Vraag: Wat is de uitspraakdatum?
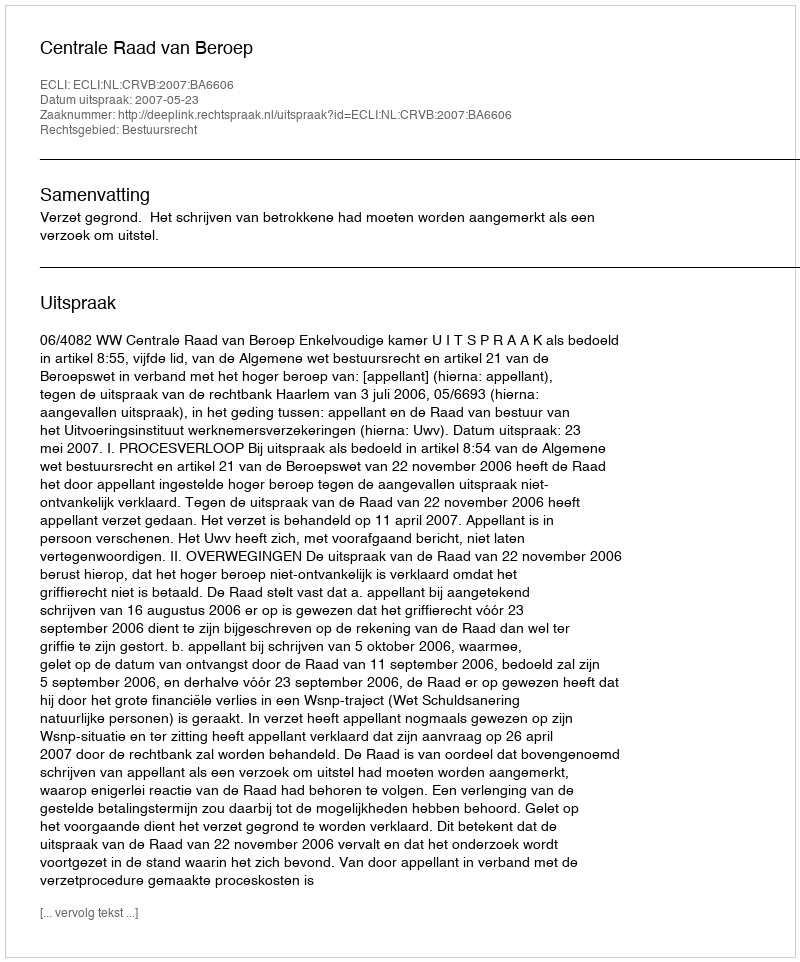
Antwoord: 2007-05-23